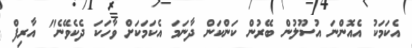
އެކަމަކު އެއޮންނަ އުސޫލުން ބޭރުން ކަންކަން ދާނަމަ އެކަމަކަށް ވާހަކަ ދެކެވޭނެ" އާރިފް